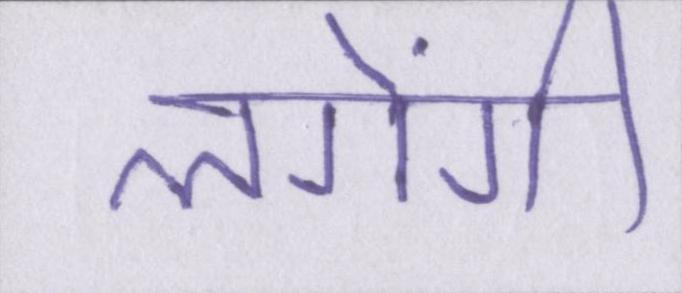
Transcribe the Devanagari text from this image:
लगेंगी